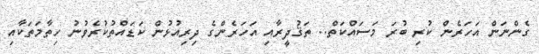
ގެންނަން އަހަރެން ކުރި ބުރަ މަސައްކަތް.. ތަޤުދީރާއި އަހަރެންގެ ދިރިއުޅުން ކަޑައްތުކުރެވުނު ހިތާމަތަކާއި